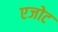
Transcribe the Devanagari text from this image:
एजोट